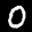
Label: 0